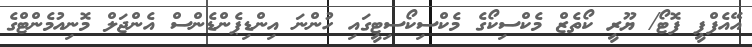
އޭއެފްޕީ ފޮޓޯ/ ޔޫރީ ކޯތެޒް މެކްސިކޯގެ މެކްސިކޯސިޓީގައި ހުންނަ އިންޑިޕެންޑެންސް އެންޖަލް މޮނިއުމެންޓްގެ